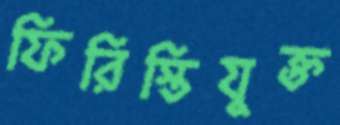
ফিরিস্তিযুক্ত